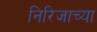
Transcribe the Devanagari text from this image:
निरिजाच्या